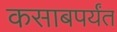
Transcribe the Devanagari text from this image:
कसाबपर्यंत